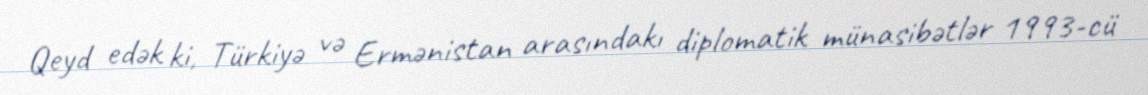
Qeyd edək ki, Türkiyə və Ermənistan arasındakı diplomatik münasibətlər 1993-cü